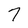
Character: 7